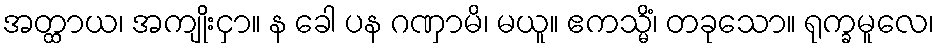
အတ္ထာယ၊ အကျိုးငှာ။ န ခေါ ပန ဂဏှာမိ၊ မယူ။ ဧကသ္မိံ၊ တခုသော။ ရုက္ခမူလေ၊